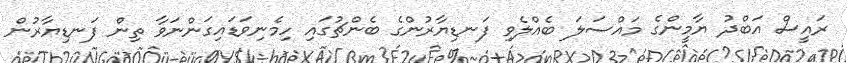
ރައީސް އަބްދު ޔާމީންގެ މައްސަލަ ބެއްލެވި ފަނޑިޔާރުންގެ ބެންޗުގައި ހިމެނިވަޑައިގަންނަވާ ތިން ފަނޑިޔާރުން